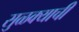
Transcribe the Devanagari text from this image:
सुळक्याची